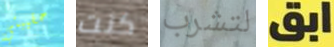
حقيبتي كنت لتشرب ابق